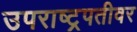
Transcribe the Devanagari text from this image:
उपराष्ट्रपतीवर